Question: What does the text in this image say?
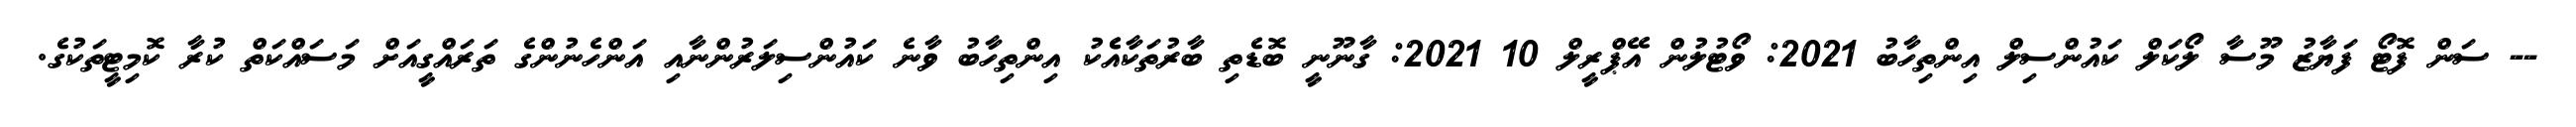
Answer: -- ސަން ފޮޓޯ ފަޔާޒު މޫސާ ލޯކަލް ކައުންސިލް އިންތިހާބު 2021: ވޯޓުލުން އޭޕްރީލް 10 2021: ގާނޫނީ ބޮޑެތި ބާރުތަކާއެެކު އިންތިހާބު ވާނެ ކައުންސިލަރުންނާއި އަންހެނުންގެ ތަރައްގީއަށް މަސައްކަތް ކުރާ ކޮމިޓީތަކުގެ.